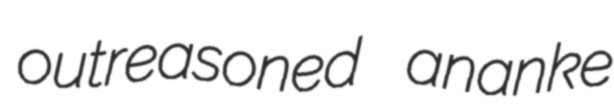
outreasoned ananke